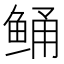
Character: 鲬